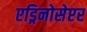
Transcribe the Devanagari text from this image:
एड्रिनोसेप्टर